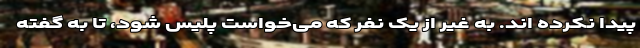
پیدا نکرده اند. به غیر از یک نفر که می‌خواست پلیس شود، تا به گفته